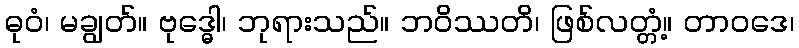
ဓုဝံ၊ မချွတ်။ ဗုဒ္ဓေါ၊ ဘုရားသည်။ ဘဝိဿတိ၊ ဖြစ်လတ္တံ့။ တာဝဒေ၊